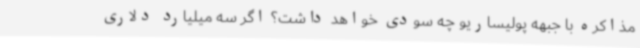
مذاکره با جبهه پولیساریو چه سودی خواهد داشت؟ اگر سه میلیارد دلاری